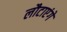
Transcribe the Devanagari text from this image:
लौटाएंगे